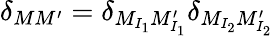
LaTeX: \delta_{MM^{\prime}}=\delta_{M_{I_{1}}M_{I_{1}}^{\prime}}\delta_{M_{I_{2}}M_{I_{2}}^{\prime}}